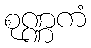
စုဏ္ဏကံ